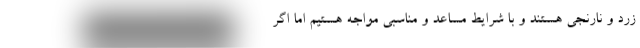
زرد و نارنجی هستند و با شرایط مساعد و مناسبی مواجه هستیم اما اگر